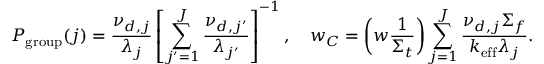
P _ { \mathrm { g r o u p } } ( j ) = \frac { \nu _ { d , j } } { \lambda _ { j } } \left[ \sum _ { j ^ { \prime } = 1 } ^ { J } \frac { \nu _ { d , j ^ { \prime } } } { \lambda _ { j ^ { \prime } } } \right] ^ { - 1 } , \quad w _ { C } = \left( w \frac { 1 } { \Sigma _ { t } } \right) \sum _ { j = 1 } ^ { J } \frac { \nu _ { d , j } \Sigma _ { f } } { k _ { \mathrm { e f f } } \lambda _ { j } } .